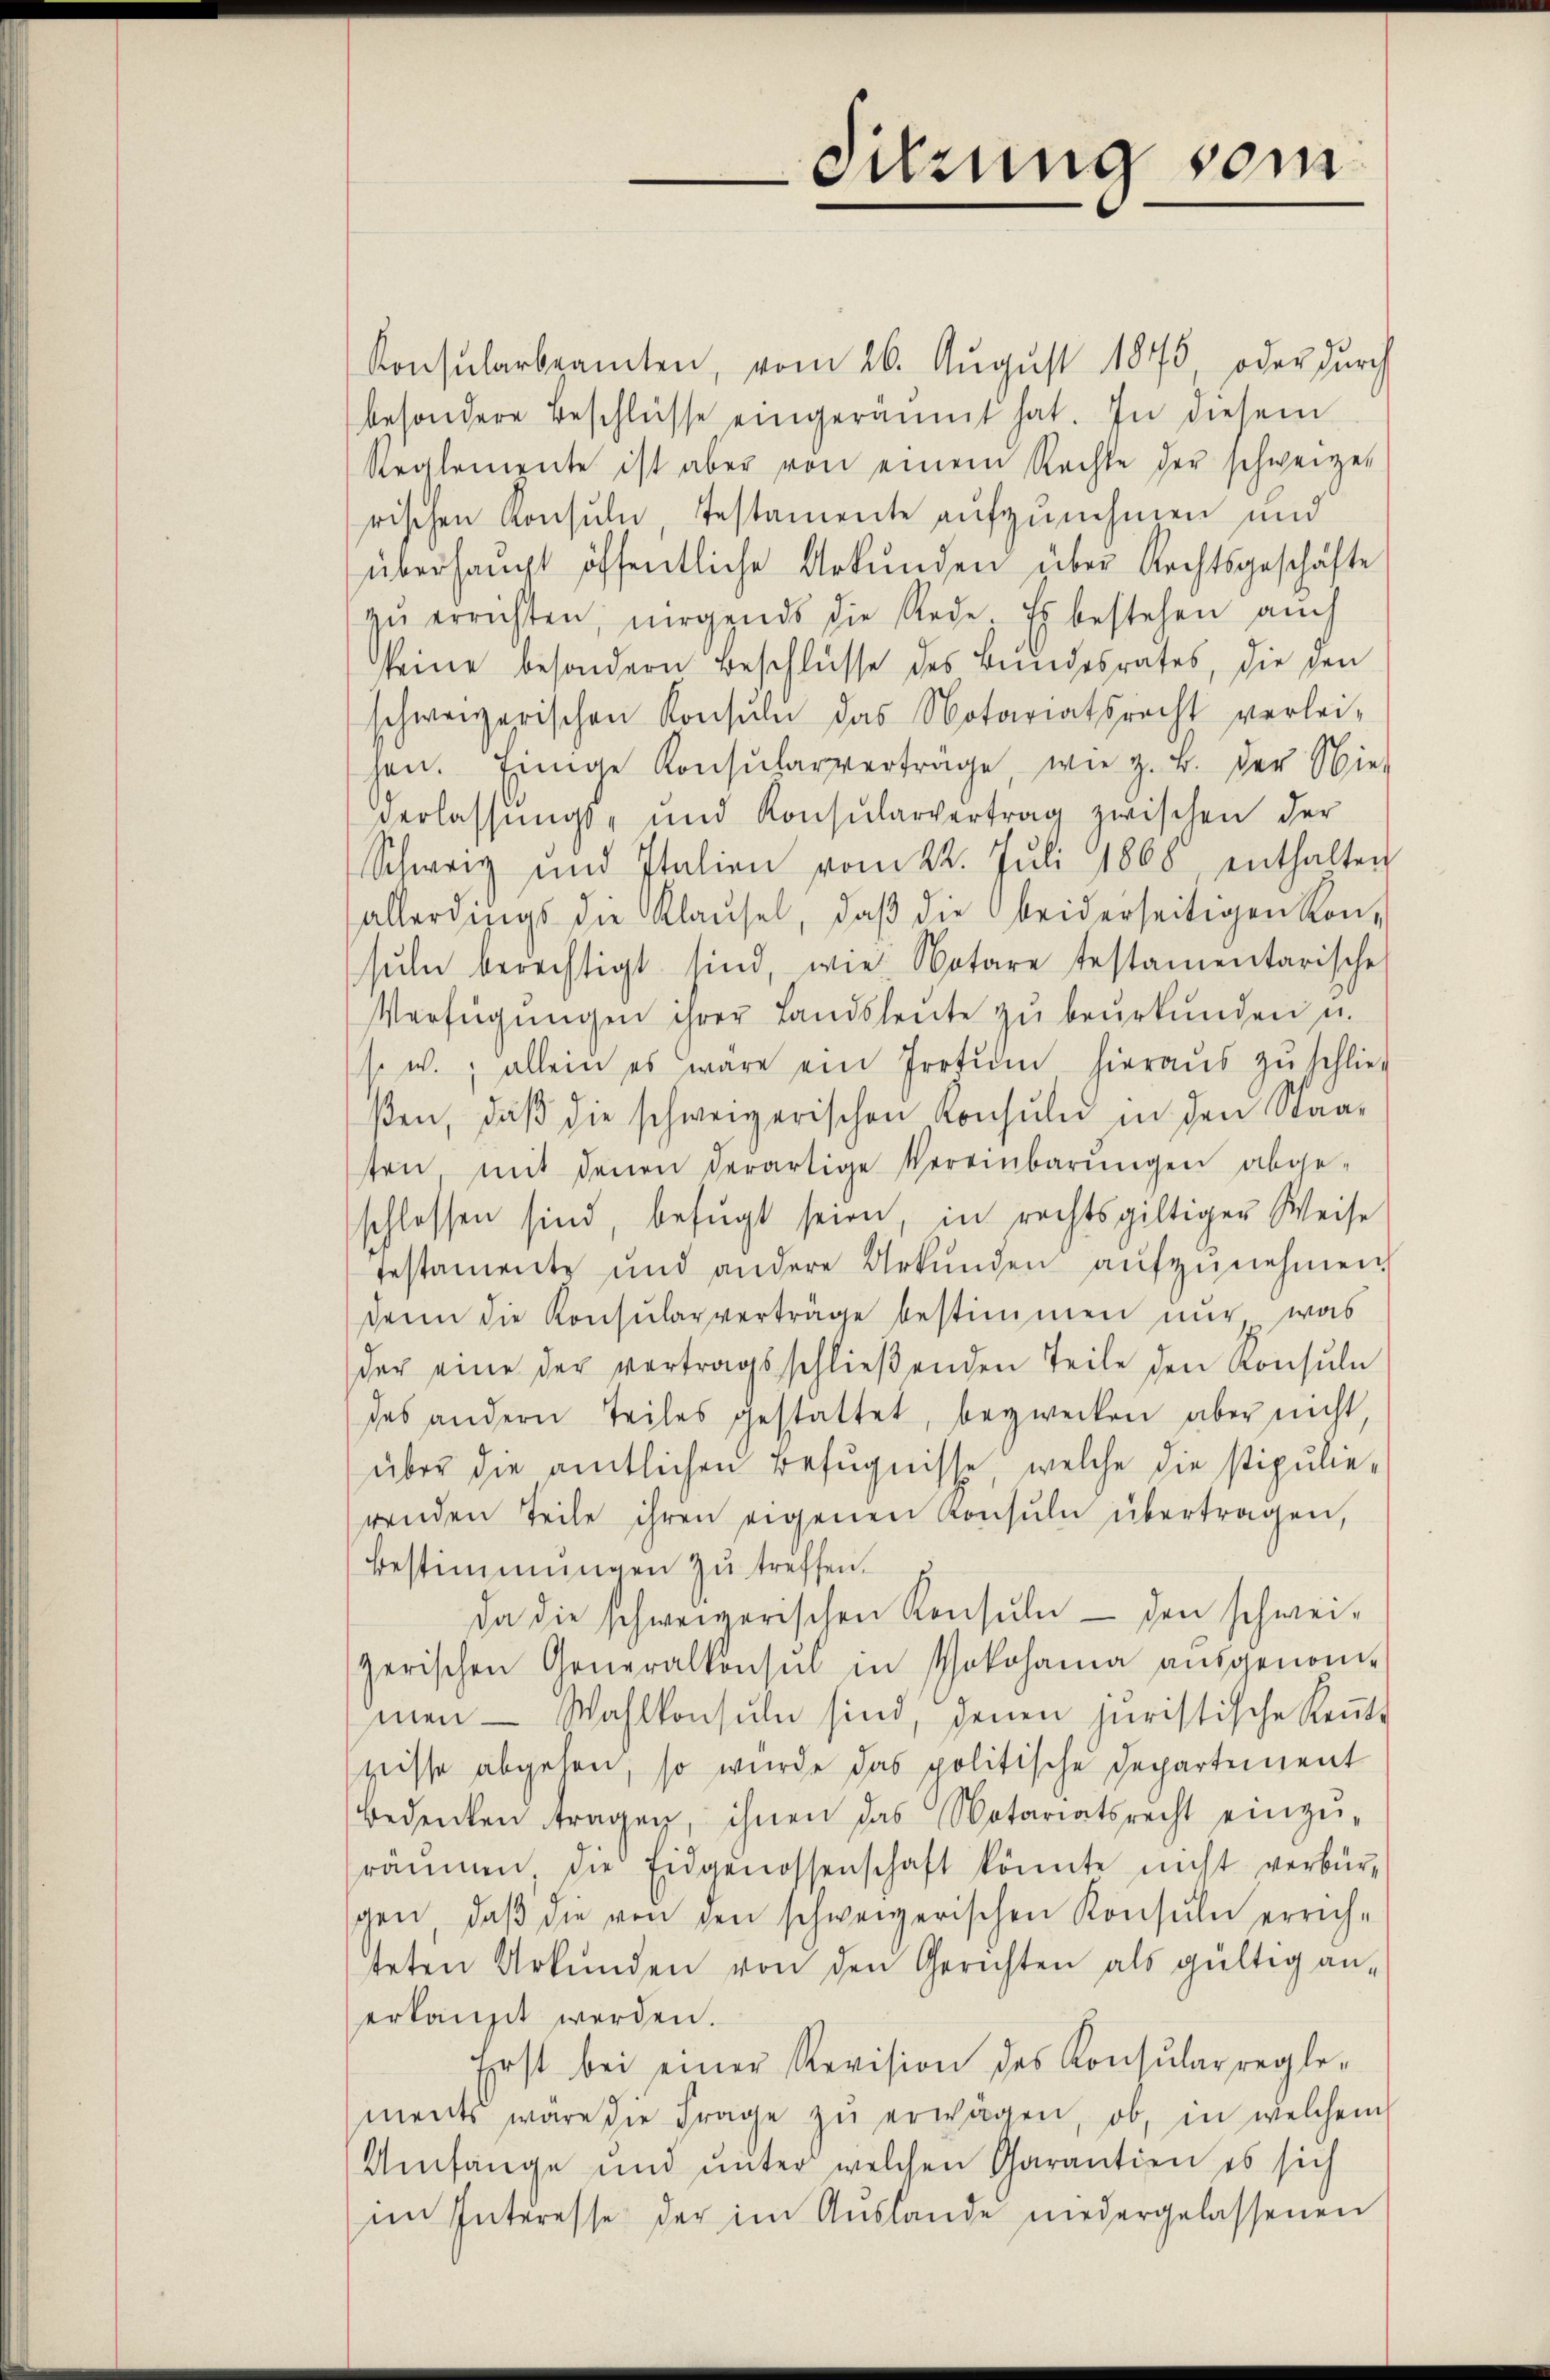
Sitzung vom

Konsularbeamten, vom 26. August 1845, oder durch
besondere Beschlüsse eingeräumt hat. In diesem
Reglemente ist aber von einem Rechte der schweizer
rischen Konsuln Testamente aufzunehmen und
überhaupt öffentliche Urkunden über Rechtsgeschäfte
zŭ errichten, nirgends die Rede. Es bestehen auch
seine besondern Beschlüsse des Bundesrates, die den
schweizerischen Konsuln das Notariatsrecht verlei-
sen. Einige Konsularverträge, wie z. B. der Wie-
Verlassŭngs- und Konsularvertrag zwischen der
Schweiz und Italien vom 22. Juli 1868, enthalten
allerdings die Klaŭsel, daβ die beiderseitigen Kon-
sŭln berechtigt sind, wie Notare testamentarische
Verfügungen ihrer Landsleute zu beurkunden, u.
s. w.; allein es wäre ein Irrtum hieraŭs zŭ schlies
βen, daβ die schweizerischen Konsuln in den Staat
sen mit denen derartige Vereinbarŭngen abge-
schlossen sind, befugt seien, in rechtsgültiger Weise
Testamente und andere Urkŭnden aŭfzŭnehmen.
denn die Konsularverträge bestimmen nur, was
der eine der vertragsschlieβenden Teile den Konsuln
des andern Teiles gestattet, bezwecken aber nicht,
über die amtlichen Befugnisse, welche die stipulierenden Teile ihren eigenen Konsuln übertragen,
Bestimmungen zŭ treffen.
Da die schweizerischen Konsŭln - den schwei-
zerischen Generalkonsul in Yokohanna aŭsgenom-
men- Wahlkonsuln sind, denen juristische Rente
wisse abgehen, so wurde das politische Departement
bedenken tragen, ihnen das Notariatsrecht einzŭ-
räumen, die Eidgenossenschaft könnte nicht verbür-
gen, daβ die von den schweizerischen Konsuln errich-
teten Urkunden von den Gerichten als gültig an-
erkauft werden.
Erst bei einer Revision des Konsularregle-
ments wäre die Frage zŭ erwägen, ob, in welchem
Umfänge und unter welchen Charantien es sich
im Interesse der im Auslande niedergelassenen